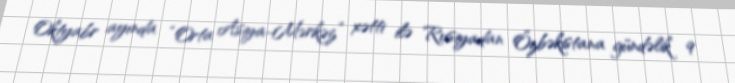
Oktyabr ayında “Orta Asiya-Mərkəz” xətti ilə Rusiyadan Özbəkistana gündəlik 9